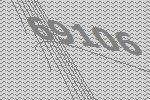
69106